Civil Veterinary Department Bihar reports 1936-40 - 1936-1940
Year: 1936
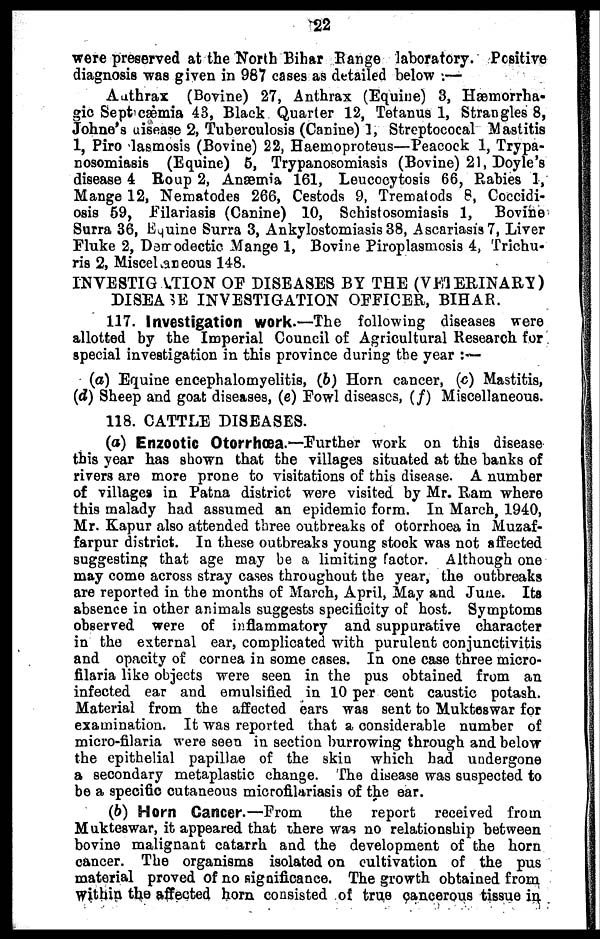
22
were preserved at the North Bihar Range laboratory. Positive
diagnosis was given in 987 cases as detailed below:—
Authrax (Bovine) 27, Anthrax (Equine) 3, Hæmorrha-
gic Sept cæmia 43, Black Quarter 12, Tetanus 1, Strangles 8,
Johne's disease 2, Tuberculosis (Canine) 1, Streptococal Mastitis
1, Piro lasmosis (Bovine) 22, Haeinoproteus—Peacock 1, Trypa-
nosomiasis (Equine) 5, Trypanosomiasis (Bovine) 21, Doyle's
disease 4 Roup 2, Anaemia 161, Leucocytosis 66, Rabies 1,
Mange 12, Nematodes 266, Cestods 9, Trematods 8, Coccidi-
osis 59, Filariasis (Canine) 10, Schistosomiasis 1, Bovine
Surra 36, Equine Surra 3, Ankylostomiasis 38, Ascariasis 7, Liver
Fluke 2, Demodectic Mange 1, Bovine Piroplasmosis 4, Trichu-
ris 2, Miscel areous 148.
INVESTIG ATION OF DISEASES BY THE (VETERINARY)
DISEASE INVESTIGATION OFFICER, BIHAR.
117. Investigation work.—The following diseases were
allotted by the Imperial Council of Agricultural Research for
special investigation in this province during the year:—
(a) Equine encephalomyelitis, (b) Horn cancer, (c) Mastitis,
(d) Sheep and goat diseases, (e) Fowl diseases, (f) Miscellaneous.
118. CATTLE DISEASES.
(a) Enzootic Otorrhæa.—Further work on this disease
this year has shown that the villages situated at the banks of
rivers are more prone to visitations of this disease. A number
of villages in Patna district were visited by Mr. Ram where
this malady had assumed an epidemic form. In March, 1940,
Mr. Kapur also attended three outbreaks of otorrhoea in Muzaf-
farpur district. In these outbreaks young stock was not affected
suggesting that age may be a limiting factor. Although one
may come across stray cases throughout the year, the outbreaks
are reported in the months of March, April, May and June. Its
absence in other animals suggests specificity of host. Symptoms
observed were of inflammatory and suppurative character
in the external ear, complicated with purulent conjunctivitis
and opacity of cornea in some cases. In one case three micro-
filaria like objects were seen in the pus obtained from an
infected ear and emulsified in 10 per cent caustic potash.
Material from the affected ears was sent to Mukteswar for
examination. It was reported that a considerable number of
micro-filaria were seen in section burrowing through and below
the epithelial papillae of the skin which had undergone
a secondary metaplastic change. The disease was suspected to
be a specific cutaneous microfilariasis of the ear.
(b) Horn Cancer.—From
the report received from
Mukteswar, it appeared that there was no relationship between
bovine malignant catarrh and the development of the horn
cancer. The organisms isolated on cultivation of the pus
material proved of no significance. The growth obtained from
within the affected horn consisted of true cancerous tissue in